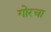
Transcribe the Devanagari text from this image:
गोरचा